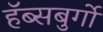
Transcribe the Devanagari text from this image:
हॅब्सबुर्गो